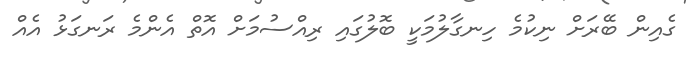
ގެއިން ބޭރަށް ނިކުމެ ހިނގާލުމަކީ ބޮލުގައި ރިއްސުމަށް އޮތް އެންމެ ރަނގަޅު އެއް